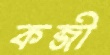
কব্জী